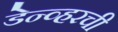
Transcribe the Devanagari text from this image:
डेन्व्हरची